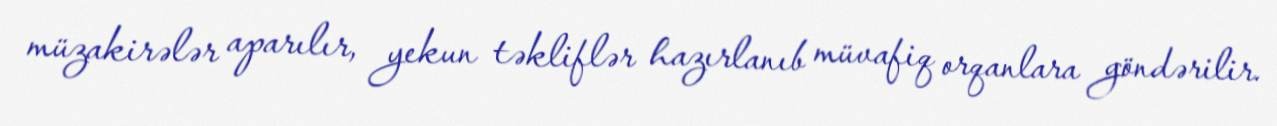
müzakirələr aparılır, yekun təkliflər hazırlanıb müvafiq orqanlara göndərilir.